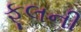
ફૂલની